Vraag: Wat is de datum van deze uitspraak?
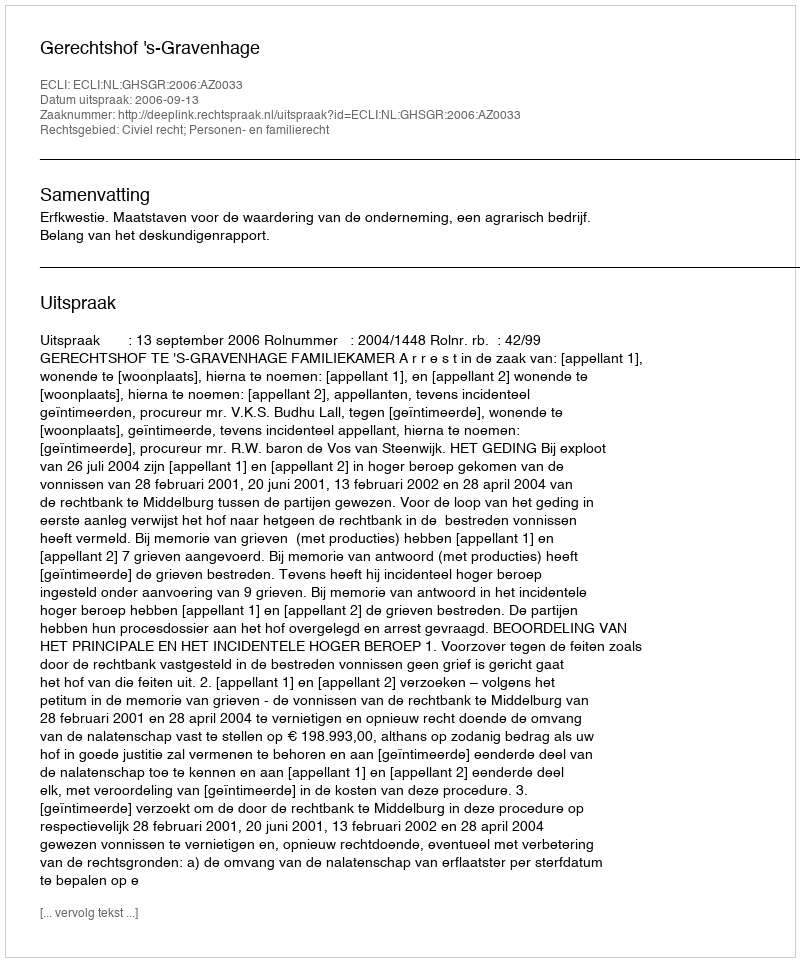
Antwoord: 2006-09-13